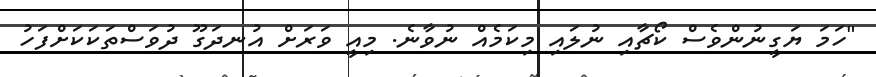
"ހަމަ ޔަގީނުންވެސް ކޯޗާއި ނުލައި މިކަމެއް ނުވާނެ. މިއީ ވަރަށް އުނދަގޫ ދުވަސްތަކަކަށްފަހު